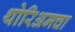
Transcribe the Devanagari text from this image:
थोरिअमचा